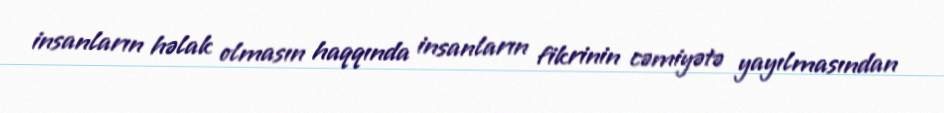
insanların həlak olmasın haqqında insanların fikrinin cəmiyətə yayılmasından